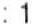
:1